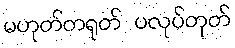
မဟုတ်တရုတ် ပလုပ်တုတ်